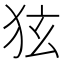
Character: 㹡